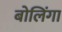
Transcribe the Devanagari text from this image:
बोलिंगा